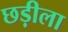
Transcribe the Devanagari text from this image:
छड़ीला